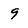
Character: 9